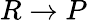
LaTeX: R\rightarrow P